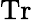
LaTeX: \textrm{Tr}